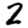
Digit: 2